Vaccination in the Punjab 1867-1880 - 1867-1880
Year: 1867
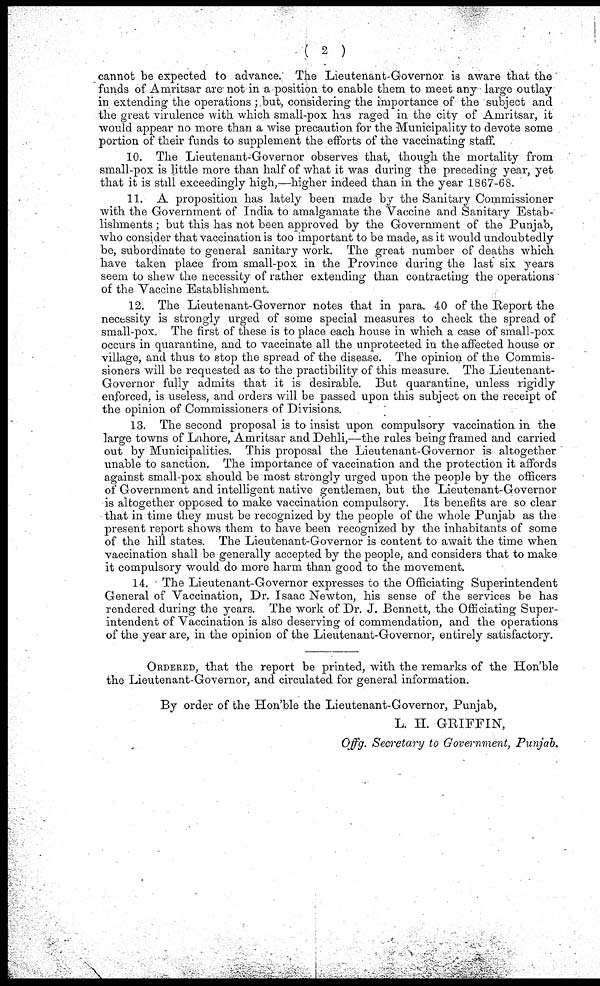
(
2
)
cannot be expected to advance. The Lieutenant-Governor is aware that the
funds of Amritsar are not in a position to enable them to meet any large outlay
in extending the operations; but, considering the importance of the subject and
the great virulence with which small-pox has raged in the city of Amritsar, it
would appear no more than a wise precaution for the Municipality to devote some
portion of their funds to supplement the efforts of the vaccinating staff.
10. The Lieutenant-Governor observes that, though the mortality from
small-pox is little more than half of what it was during the preceding year, yet
that it is still exceedingly high,—higher indeed than in the year 1867-68.
11. A proposition has lately been made by the Sanitary Commissioner
with the Government of India to amalgamate the Vaccine and Sanitary Estab-
lishments; but this has not been approved by the Government of the Punjao,
who consider that vaccination is too important to be made, as it would undoubtedly
be, subordinate to general sanitary work. The great number of deaths which
have taken place from small-pox in the Province during the last six years
seem to shew the necessity of rather extending than contracting the operations
of the Vaccine Establishment.
12. The Lieutenant-Governor notes that in para 40 of the Report the
necessity is strongly urged of some special measures to check the spread of
small-pox. The first of these is to place each house in which a case of small-pox
occurs in quarantine, and to vaccinate all the unprotected in the affected house or
village, and thus to stop the spread of the disease. The opinion of the Commis-
sioners will be requested as to the practibility of this measure. The Lieutenant-
Governor fully admits that it is desirable. But quarantine, unless rigidly
enforced, is useless, and orders will be passed upon this subject on the receipt of
the opinion of Commissioners of Divisions.
13. The second proposal is to insist upon compulsory vaccination in the
large towns of Lahore, Amritsar and Dehli, the rules being framed and carried
out by Municipalities. This proposal the Lieutenant-Governor is altogether
unable to sanction. The importance of vaccination and the protection it affords
against small-pox should be most strongly urged upon the people by the officers
of Government and intelligent native gentlemen, but the Lieutenant-Governor
is altogether opposed to make vaccination compulsory. Its benefits are so clear
that in time they must be recognized by the people of the whole Punjab as the
present report shows them to have been recognized by the inhabitants of some
of the hill states. The Lieutenant-Governor is content to await the time when
vaccination shall be generally accepted by the people, and considers that to make
it compulsory would do more harm than good to the movement.
14. The Lieutenant-Governor expresses to the Officiating Superintendent
General of Vaccination, Dr. Isaac Newton, his sense of the services be has
rendered during the years. The work of Dr. J. Bennett, the Officiating Super-
intendent of Vaccination is also deserving of commendation, and the operations
of the year are, in the opinion of the Lieutenant-Governor, entirely satisfactory.
ORDERED, that the report be printed, with the remarks of the Hon'ble
the Lieutenant-Governor, and circulated for general information.
By order of the Hon'ble the Lieutenant-Governor, Punjab,
L. H. GRIFFIN,
Offg. Secretary to Government, Punjab.